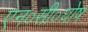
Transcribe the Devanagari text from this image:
एन०सी०घोष